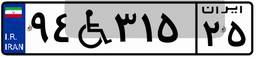
۹۴W۳۱۵۲۵